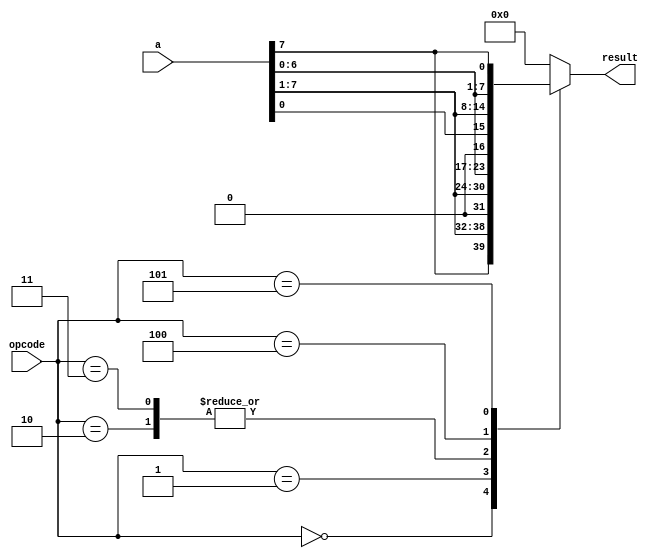
module shift_rotate (a, opcode, result);

input [7:0] a;
input [2:0] opcode;
output [7:0] result;

wire [7:0] a;
wire [2:0] opcode;
reg [7:0] result;

parameter sra_op = 3'b000, 
srl_op = 3'b001,           
sla_op = 3'b010,            
sll_op = 3'b011,           
ror_op = 3'b100,           
rol_op = 3'b101;           

always @ (a or opcode)
begin
case (opcode)
sra_op : result = {a[7], a[7], a[6], a[5],
 a[4], a[3], a[2], a[1]};
srl_op : result = a >> 1;
sla_op : result = {a[6], a[5], a[4], a[3],
 a[2], a[1], a[0], 1'b0};
 sll_op : result = a << 1;
ror_op : result = {a[0], a[7], a[6], a[5],
a[4], a[3], a[2], a[1]};
rol_op : result = {a[6], a[5], a[4], a[3],
a[2], a[1], a[0], a[7]};
default : result = 0;
endcase
end
endmodule